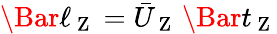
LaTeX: \Bar{\ell}_{\mathrm{~Z~}}=\bar{U}_{\mathrm{~Z~}}\, \Bar{t}_{\mathrm{~Z~}}